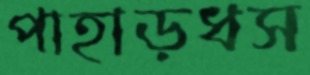
পাহাড়ধস